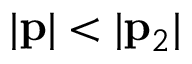
| { \bf p } | < | { \bf p } _ { 2 } |